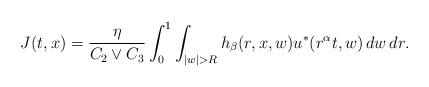
LaTeX: \begin{align*}J(t,x) = \frac{\eta}{C_2\vee C_3}\int_0^1 \int_{|w|>R} h_\beta(r,x,w) u^*(r^\alpha t,w)\,dw\,dr. \end{align*}